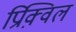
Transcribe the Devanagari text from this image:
प्रिक़्विल